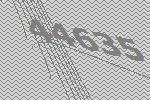
44635